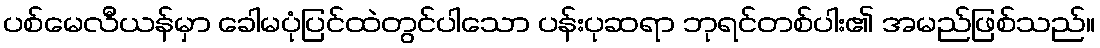
ပစ်မေလီယန်မှာ ခေါမပုံပြင်ထဲတွင်ပါသော ပန်းပုဆရာ ဘုရင်တစ်ပါး၏ အမည်ဖြစ်သည်။